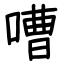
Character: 嘈